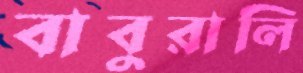
বাবুরালি